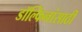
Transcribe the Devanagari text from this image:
डॉल्फिनांसाठी